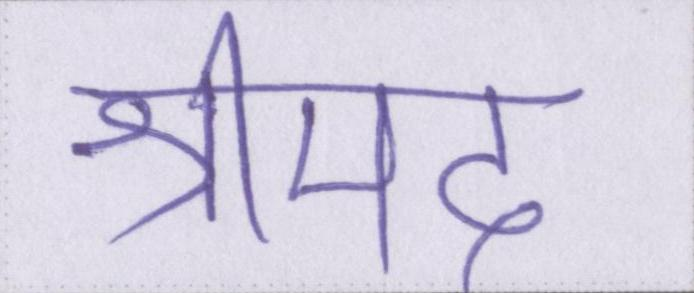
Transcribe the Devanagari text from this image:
श्रीमद